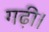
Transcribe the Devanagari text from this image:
गढ़ी।